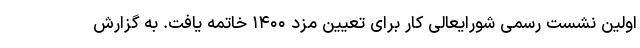
اولین نشست رسمی شورایعالی کار برای تعیین مزد ۱۴۰۰ خاتمه یافت. به گزارش